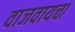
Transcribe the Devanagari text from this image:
वाजवायचा